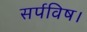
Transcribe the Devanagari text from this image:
सर्पविष।